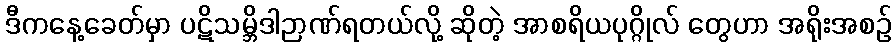
ဒီကနေ့ခေတ်မှာ ပဋိသမ္ဘိဒါဉာဏ်ရတယ်လို့ ဆိုတဲ့ အာစရိယပုဂ္ဂိုလ် တွေဟာ အရိုးအစဉ်